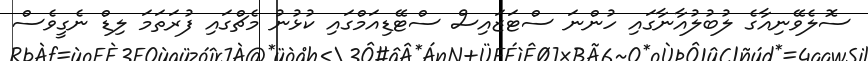
ސޮލެވޭނިއާގެ ލުބުލުއާނާގައި ހުންނަ ސްޓަޒައިސް ސްޓޭޑިއަމްގައި ކުޅުނު މެޗްގައި ފުރަތަމަ ލިޑް ނެގީވެސް